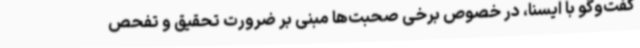
گفت‌وگو با ایسنا، در خصوص برخی صحبت‌ها مبنی بر ضرورت تحقیق و تفحص